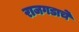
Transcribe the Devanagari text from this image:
राजगडाचे